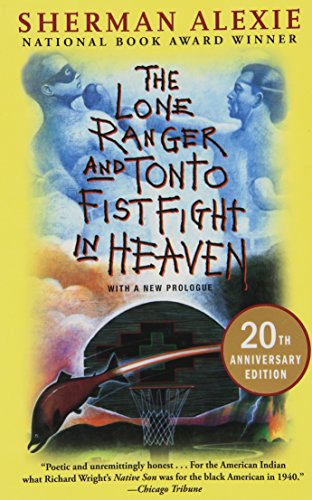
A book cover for The Lone Ranger and Tonto Fistfight in Heaven (20th Anniversary Edition); Sherman Alexie; Literature & Fiction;